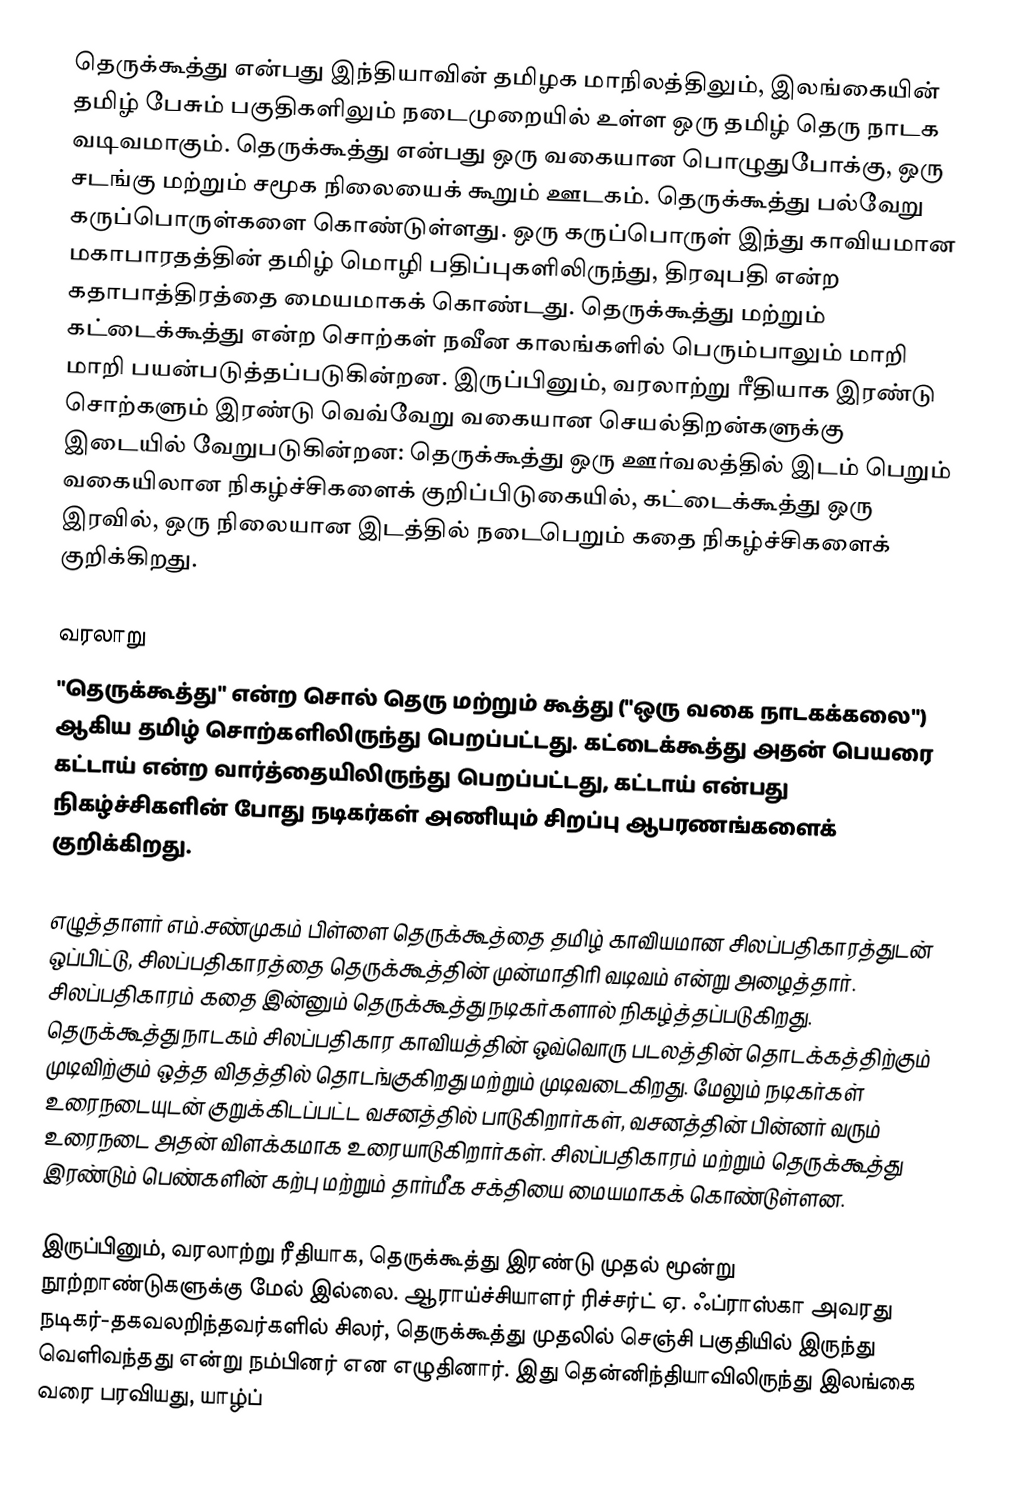
தெருக்கூத்து என்பது இந்தியாவின் தமிழக மாநிலத்திலும், இலங்கையின் தமிழ் பேசும் பகுதிகளிலும் நடைமுறையில் உள்ள ஒரு  தமிழ் தெரு நாடக வடிவமாகும்.  தெருக்கூத்து என்பது ஒரு வகையான பொழுதுபோக்கு, ஒரு சடங்கு மற்றும் சமூக நிலையைக் கூறும் ஊடகம்.  தெருக்கூத்து பல்வேறு கருப்பொருள்களை கொண்டுள்ளது. ஒரு கருப்பொருள் இந்து  காவியமான மகாபாரதத்தின்  தமிழ் மொழி பதிப்புகளிலிருந்து, திரவுபதி என்ற கதாபாத்திரத்தை மையமாகக் கொண்டது.  தெருக்கூத்து மற்றும் கட்டைக்கூத்து என்ற சொற்கள் நவீன காலங்களில் பெரும்பாலும் மாறி மாறி பயன்படுத்தப்படுகின்றன. இருப்பினும், வரலாற்று ரீதியாக இரண்டு சொற்களும் இரண்டு வெவ்வேறு வகையான செயல்திறன்களுக்கு இடையில் வேறுபடுகின்றன: தெருக்கூத்து ஒரு ஊர்வலத்தில் இடம் பெறும் வகையிலான நிகழ்ச்சிகளைக் குறிப்பிடுகையில், கட்டைக்கூத்து ஒரு இரவில், ஒரு நிலையான இடத்தில் நடைபெறும் கதை நிகழ்ச்சிகளைக் குறிக்கிறது.

வரலாறு
"தெருக்கூத்து" என்ற சொல் தெரு மற்றும் கூத்து ("ஒரு வகை நாடகக்கலை") ஆகிய தமிழ் சொற்களிலிருந்து பெறப்பட்டது.  கட்டைக்கூத்து அதன் பெயரை கட்டாய் என்ற வார்த்தையிலிருந்து பெறப்பட்டது, கட்டாய் என்பது நிகழ்ச்சிகளின் போது நடிகர்கள்  அணியும் சிறப்பு ஆபரணங்களைக் குறிக்கிறது.

எழுத்தாளர் எம்.சண்முகம் பிள்ளை தெருக்கூத்தை தமிழ் காவியமான சிலப்பதிகாரத்துடன் ஒப்பிட்டு, சிலப்பதிகாரத்தை தெருக்கூத்தின் முன்மாதிரி வடிவம் என்று அழைத்தார். சிலப்பதிகாரம் கதை இன்னும் தெருக்கூத்து நடிகர்களால் நிகழ்த்தப்படுகிறது. தெருக்கூத்து நாடகம் சிலப்பதிகார காவியத்தின் ஒவ்வொரு படலத்தின் தொடக்கத்திற்கும் முடிவிற்கும் ஒத்த விதத்தில் தொடங்குகிறது மற்றும் முடிவடைகிறது. மேலும் நடிகர்கள் உரைநடையுடன் குறுக்கிடப்பட்ட வசனத்தில் பாடுகிறார்கள், வசனத்தின் பின்னர் வரும் உரைநடை அதன் விளக்கமாக உரையாடுகிறார்கள். சிலப்பதிகாரம் மற்றும் தெருக்கூத்து இரண்டும் பெண்களின் கற்பு மற்றும் தார்மீக சக்தியை மையமாகக் கொண்டுள்ளன.

இருப்பினும், வரலாற்று ரீதியாக, தெருக்கூத்து இரண்டு முதல் மூன்று நூற்றாண்டுகளுக்கு மேல் இல்லை.  ஆராய்ச்சியாளர் ரிச்சர்ட் ஏ. ஃப்ராஸ்கா  அவரது நடிகர்-தகவலறிந்தவர்களில் சிலர், தெருக்கூத்து முதலில் செஞ்சி பகுதியில் இருந்து வெளிவந்தது என்று நம்பினர் என எழுதினார்.  இது தென்னிந்தியாவிலிருந்து இலங்கை வரை பரவியது, யாழ்ப்